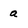
Character: a